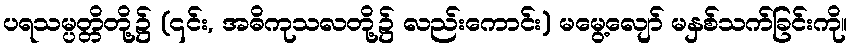
ပရသမ္ပတ္တိတို့၌ (၎င်း, အဓိကုသလတို့၌ လည်းကောင်း) မမွေ့လျော် မနှစ်သက်ခြင်းကို။